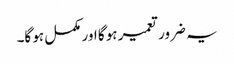
یہ ضرور تعمیر ہو گا اور مکمل ہو گا۔